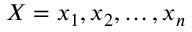
X = x _ { 1 } , x _ { 2 } , \ldots , x _ { n }